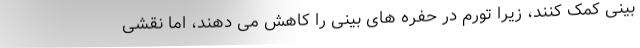
بینی کمک کنند، زیرا تورم در حفره های بینی را کاهش می دهند، اما نقشی